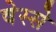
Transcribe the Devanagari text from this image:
वेस्से